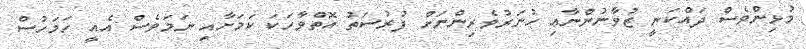
މުޅިންވެސް ދައްކަނީ ޒުވާނުންނާއި ހުނަރުވެރިންނަށް ފުރުސަތު އޮތްވާހަކަ ކަމަށާއި ނަމަވެސް އެއީ ހަމަހުސް